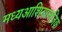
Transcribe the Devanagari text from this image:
मध्यआशियानजिक